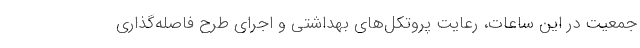
جمعیت در این ساعات، رعایت پروتکل‌های بهداشتی و اجرای طرح فاصله‌گذاری